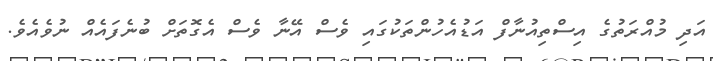
އަދި މުއްރަތުގެ އިސްތިއުނާފް އަޑުއެހުންތަކުގައި ވެސް އޭނާ ވެސް އެގޮތަށް ބުނެފައެއް ނުވެއެވެ.